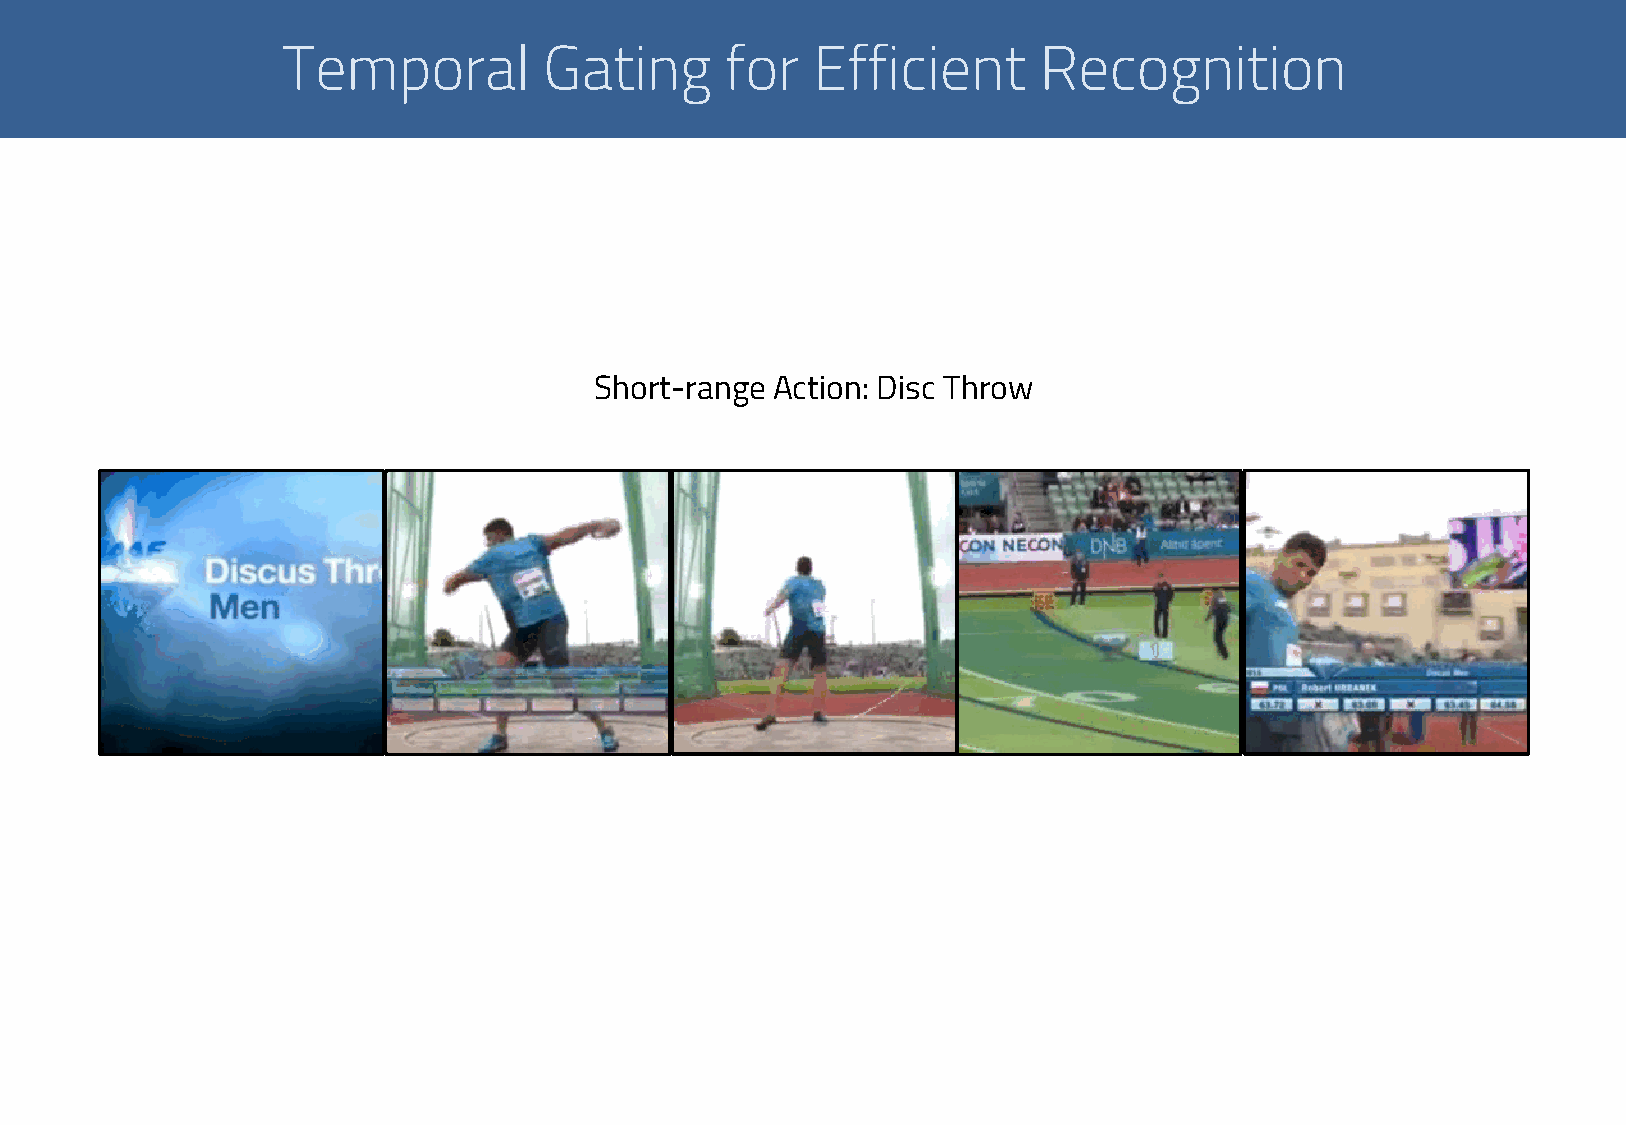
Temporal         Gating      for   Efficient      Recognition
 Short-range Action: Disc Throw